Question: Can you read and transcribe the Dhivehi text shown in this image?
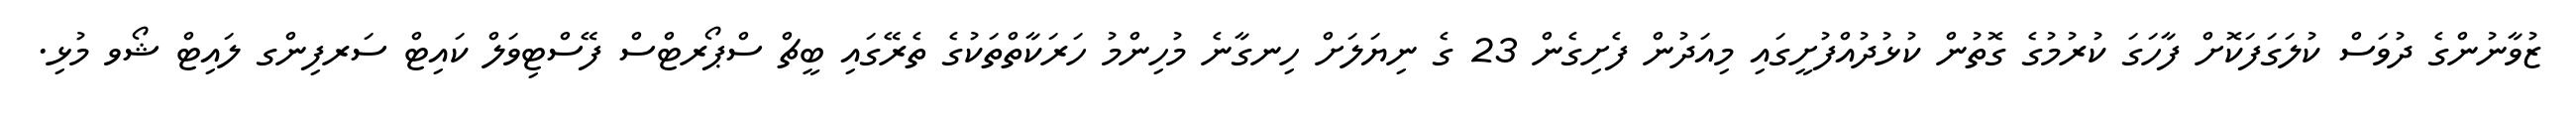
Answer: ޒުވާނުންގެ ދުވަސް ކުލަގަފަކޮށް ފާހަގަ ކުރުމުގެ ގޮތުން ކުޅުދުއްފުށީގައި މިއަދުން ފެށިގެން 23 ގެ ނިޔަލަށް ހިނގާނެ މުހިންމު ހަރަކާތްތަކުގެ ތެރޭގައި ބީޗް ސްޕޯރޓްސް ފޭސްޓިވަލް ކައިޓް ސަރފިންގ ލައިޓް ޝޯވ މުޅި.